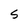
Character: S